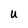
Character: U